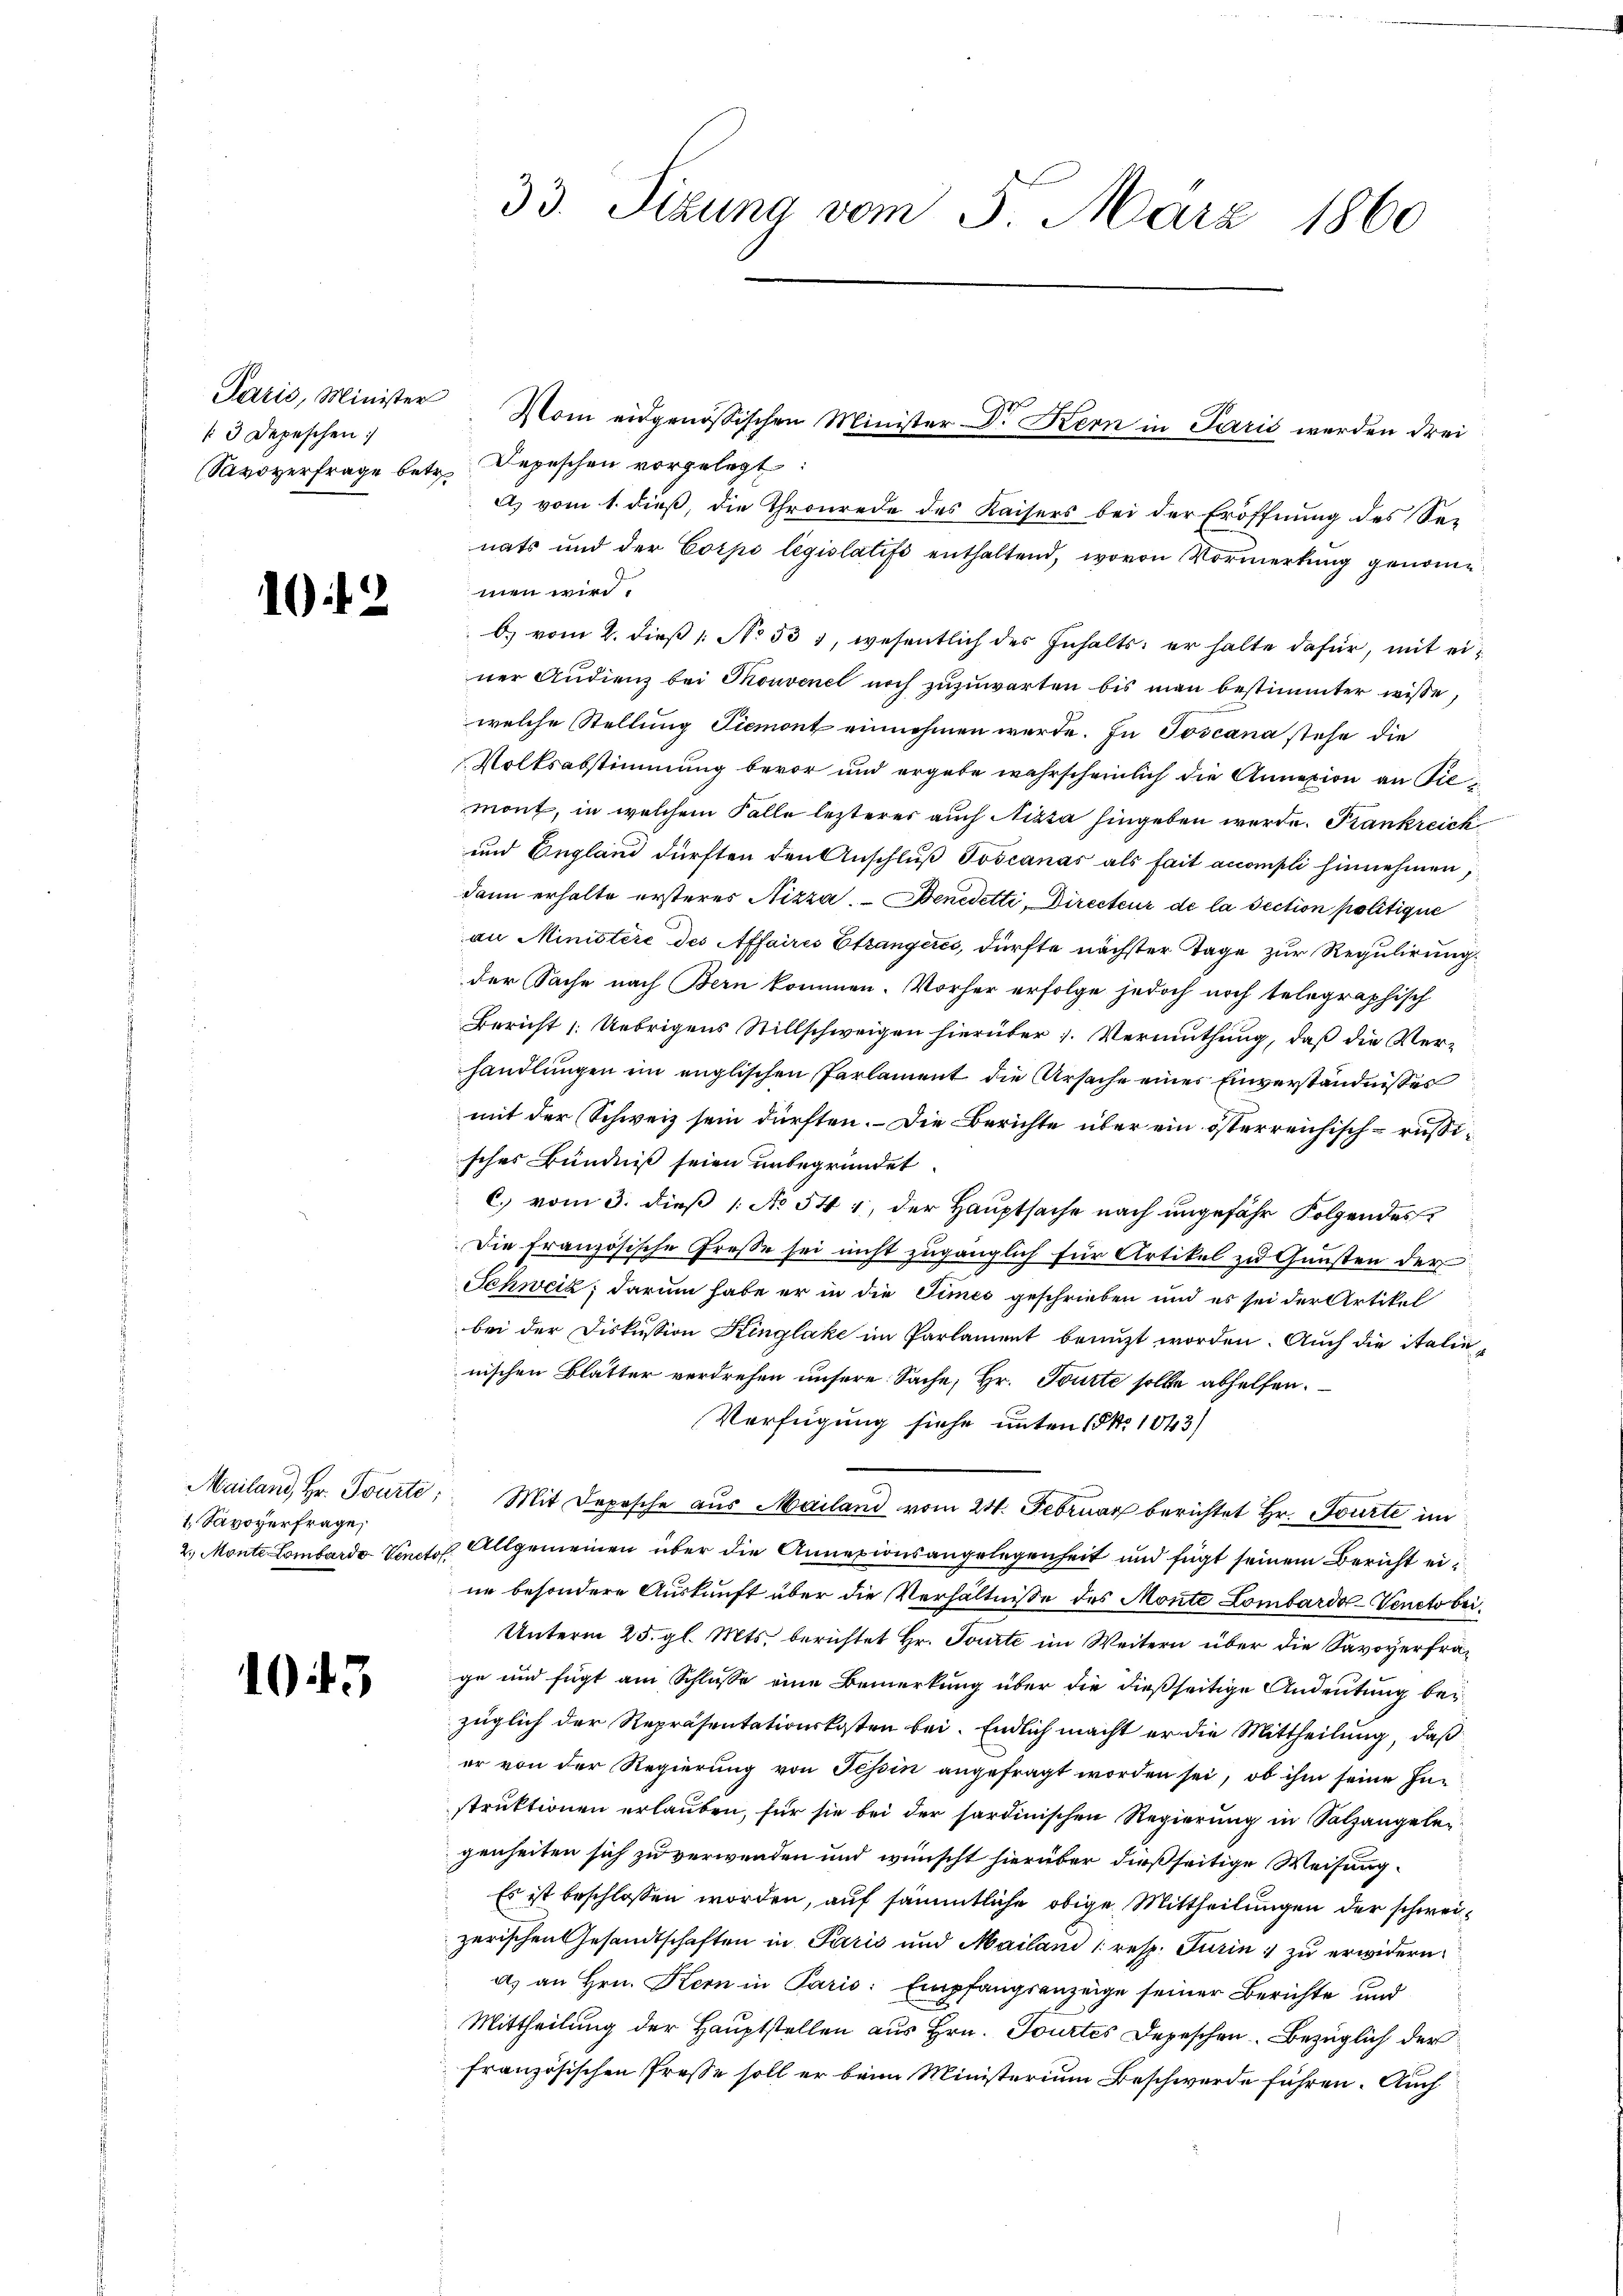
Paris, Minister
/3 Depeschen:

10 f 2

1 Savoverfrage,

1043

33. Sizung vom 3. März 1860

Savoyerfrage betr. Depeschen vorgelegt:
a) vom 1. dieß, die Thronrede des Kaisers bei der Eröffnung des See
nats und der Corps législatifs enthaltend, wovon Vormerkung genommen wir
b) vom 2. dieß [No 531, wesentlich des Inhalts; er halte dafür, mit einer Audienz bei Thonvenel noch zuzuwarten bis man bestimmter wisse,
welche Stellung Piemont einnehmen werde. In Toscana stehe die
Volksabstimmung bevor und ergebe wahrscheinlich die Annexion an Sie
mont, in welchem Falle lezterer auch Nizza hingeben werde. Frankreich
und England dürften den Anschluß Toscanas als fait accompli hinnehmen,
dann erhalte ersteres Nizza, - Benedetti, Directeur de la Section politique
an Ministère des Affaires Etzangeres, dürfte nächster Tage zur Regulirung
der Sache nach Bern kommen. Vorher erfolge jedoch noch telegraphisch
Bericht (: Uebrigens Stillschweigen hierüber 1. Vermuthung, daß die Ver-
handlungen im englischen Parlament die Ursache einer Einverständnisses
mit der Schweiz sein dürften. – Die Berichte über ein österreichisch-russisches Bündniß seien unbegründet.
c.) vom 3. dieß (: No 541, der Hauptsache nach ungefähr Folgendes
Die Französische Greße sei nicht zugänglich für Artikel zu Gunsten der
Schweiz, darum habe er in die Times geschrieben und es sei der Artikel
bei der Diskussion Kinglake im Parlament benuzt worden. Auch die italinnischen Blätter verdrehen unsere Sache, Hr. Tourte solle abhelfen.
Verfügung siehe unten 15 No 1043)
Mailand, Hr. Tourti, Mit Deposche aus Mailand vom 24. Februar berichtet Hr. Tourte im
2.) Monte Lombardo Venet. Allgemeinen über die Annexionsangelegenheit und fügt seinem Bericht eine besondere Auskunft über die Verhältnisse des Monte Lombardo-Venets bei¬
Unterm 25. gl. Mts. berichtet Hr. Tourte im Weitern über die Savoyerfrage und fügt am Schlusse eine Bemerkung über die dießseitige Andeutung bei
züglich der Repräsentationskosten bei. Endlich macht er die Mittheilung, daß
er von der Regierung von Teßin angefragt worden sei, ob ihm seine Instruktionen erlauben, für sie bei der sardinischen Regierung in Salzangelegenheiten sich zu verwenden und wünscht hierüber dießseitige Weisung
Es ist beschlossen worden, auf sämmtliche obige Mittheilungen der schweizerischen Gesandtschaften in Paris und Mailand (resp. Turin zu erwidern.
a) an Hrn. Kern in Paris: Empfangsanzeige seiner Berichte und
Mittheilung der Hauptstellen aus Hrn. Tourtes Depeschen Bezüglich der
französischen Presse soll er beim Ministerium Beschwerde führen. Auch

Vom eidgenössischen Minister Dr. Kern in Paris werden drei